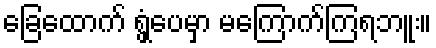
ခြေထောက် ရွှံ့ပေမှာ မကြောက်ကြရဘူး။